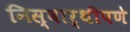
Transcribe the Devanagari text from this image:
निस्वार्थीपणे